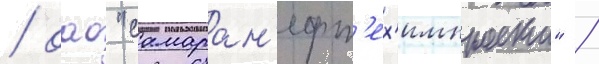
/ оао "самаран'ефт'ех'импроект" /